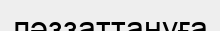
ләззаттануға